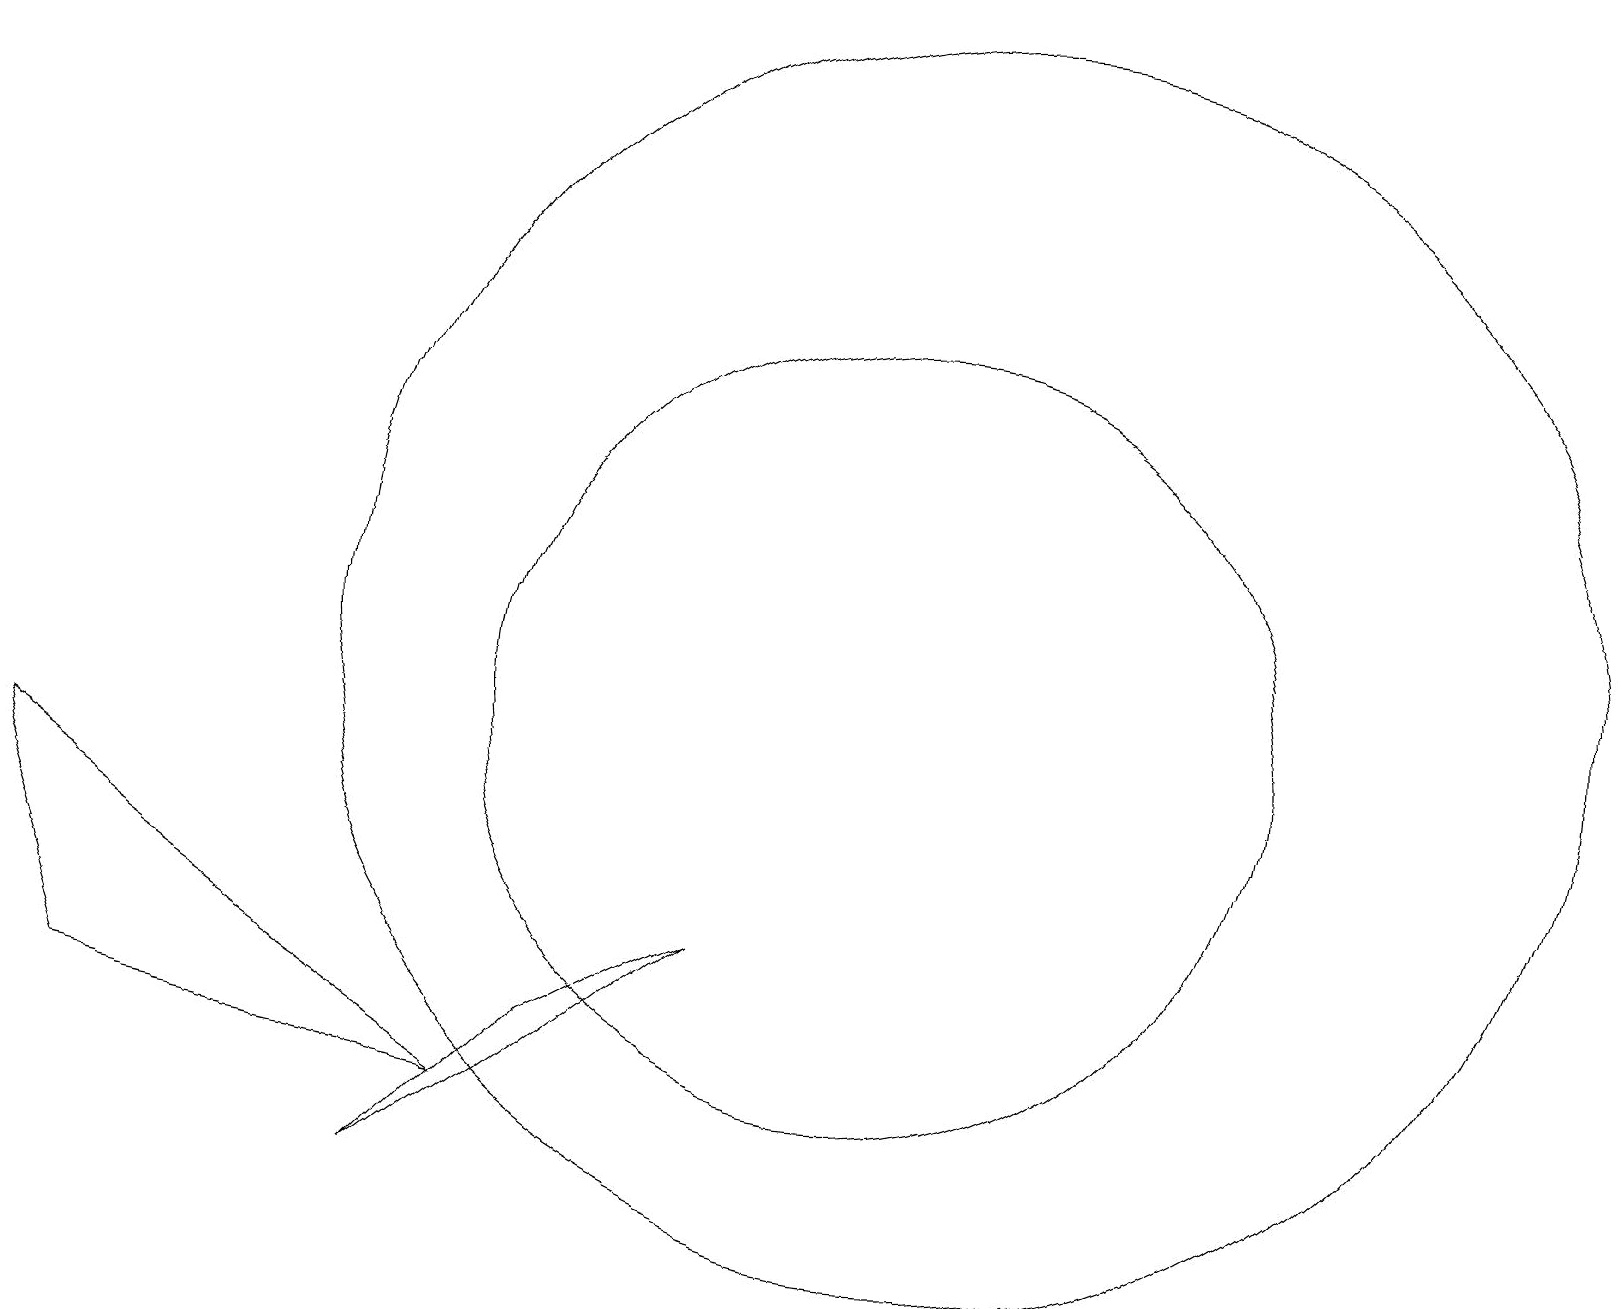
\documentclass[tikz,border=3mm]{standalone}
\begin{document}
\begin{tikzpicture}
\draw (12,11) circle (8);
\draw (5,4) -- (7,6) -- (9,7) -- cycle;
\draw (11,10) circle (5);
\draw (6,5) -- (0,9) -- (1,6) -- cycle;
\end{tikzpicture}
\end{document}